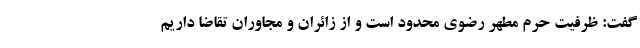
گفت: ظرفیت حرم مطهر رضوی محدود است و از زائران و مجاوران تقاضا داریم